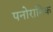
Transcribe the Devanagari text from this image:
पनोरामिक